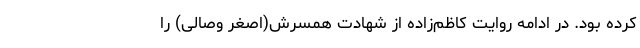
کرده بود. در ادامه روایت کاظم‌زاده از شهادتِ همسرش(اصغر وصالی) را